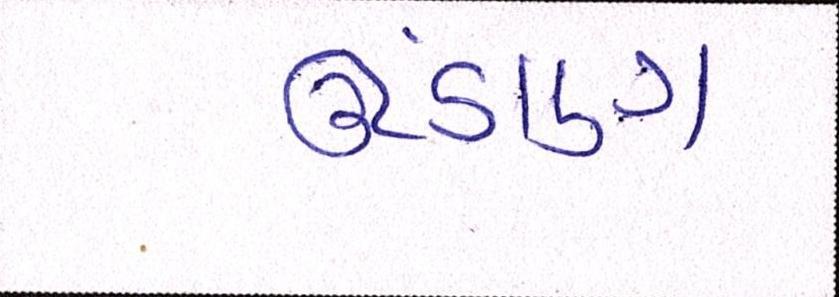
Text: ઊંડાણ